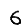
Digit: 6